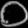
Digit: ၀